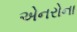
એનરોના